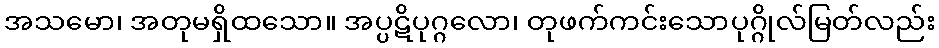
အသမော၊ အတုမရှိထသော။ အပ္ပဋိပုဂ္ဂလော၊ တုဖက်ကင်းသောပုဂ္ဂိုလ်မြတ်လည်း